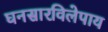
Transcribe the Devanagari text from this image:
घनसारविलेपाय